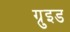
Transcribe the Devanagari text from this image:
ग्रुइड